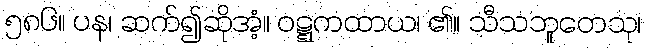
၅၈၆။ ပန၊ ဆက်၍ဆိုအံ့။ ဝဋ္ဋကထာယ၊ ၏။ သီသဘူတေသု၊